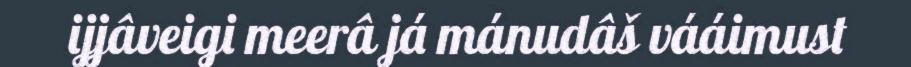
ijjâveigi meerâ já mánudâš vááimust